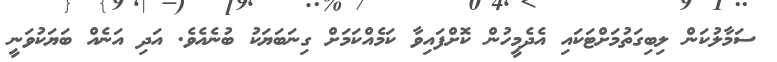
ސަމާލުކަން ލިބިގަތުމަށްޓަކައި އެދެމީހުން ކޮށްފައިވާ ކަމެއްކަމަށް ގިނަބަޔަކު ބުނެއެވެ. އަދި އަނެއް ބަޔަކުވަނީ